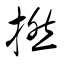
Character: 撚